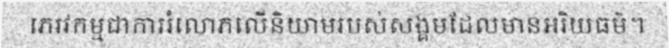
ភេរវកម្មជាការរំលោភលើនិយាមរបស់សង្គមដែលមានអរិយធម៌។